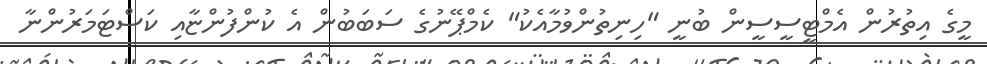
މީގެ އިތުރުން އެމްޓީސީސީން ބުނީ "ހިނިތުންވުމާއެކު" ކެމްޕޭނުގެ ސަބަބުން އެ ކުންފުންޏާއި ކަސްޓަމަރުންނާ